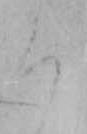
ろ